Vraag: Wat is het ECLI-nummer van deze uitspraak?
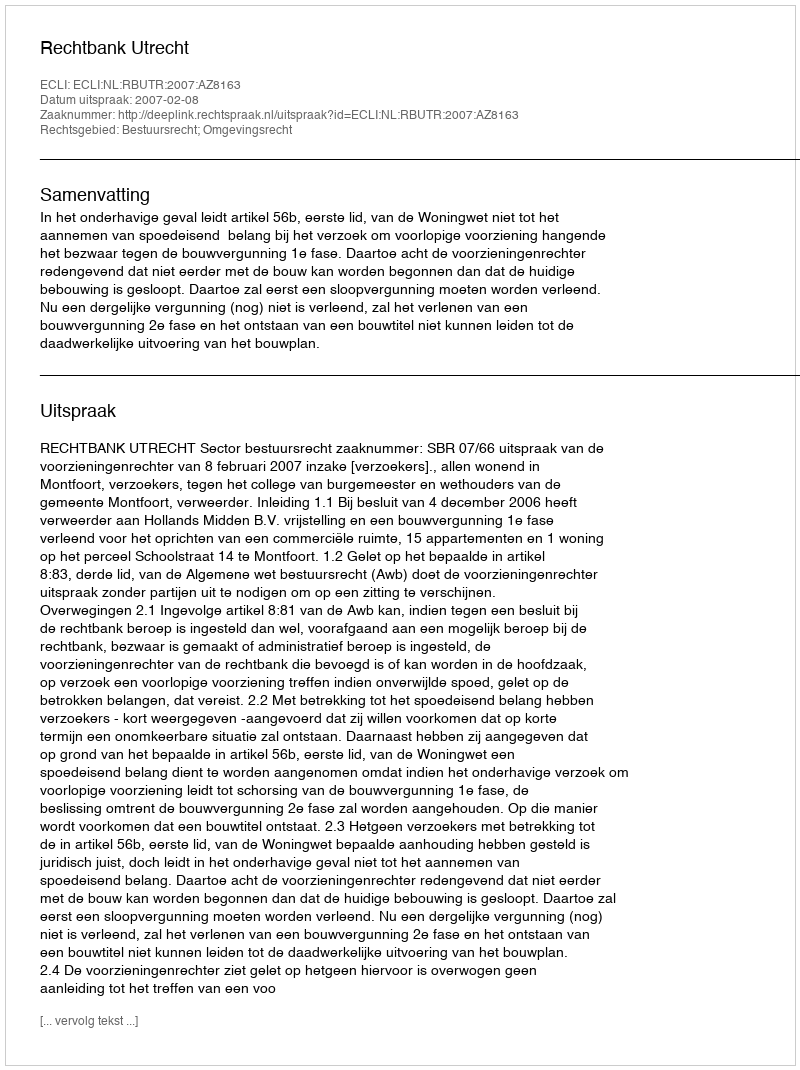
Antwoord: ECLI:NL:RBUTR:2007:AZ8163